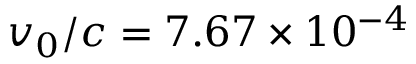
v _ { 0 } / c = 7 . 6 7 \times 1 0 ^ { - 4 }